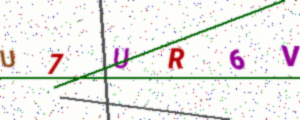
Text: U7UR6V